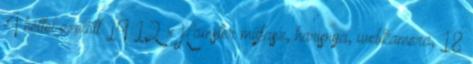
4 héttel ezelőtt 19:12 xHamster műfasz, harisnya, webkamera, 18